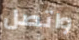
واتصل